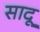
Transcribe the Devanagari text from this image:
सादू